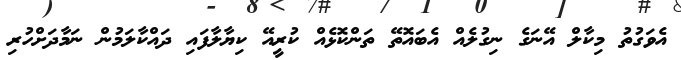
އެވަގުތު މިކާލް އޭނަގެ ނިގުލެއް އެބައޮތޭ ތަންކޮޅެއް ކުރީއޭ ކިޔާލާފައި ދައްކާލަމުން ނަމާދަށްހުރި